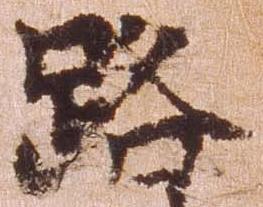
路